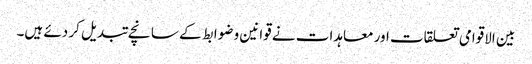
بین الاقوامی تعلقات اور معاہدات نے قوانین و ضوابط کے سانچے تبدیل کر دئے ہیں۔